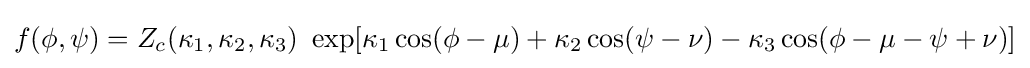
f(\phi ,\psi )=Z_{c}(\kappa _{1},\kappa _{2},\kappa _{3})\ \exp[\kappa _{1}\cos(\phi -\mu )+\kappa _{2}\cos(\psi -\nu )-\kappa _{3}\cos(\phi -\mu -\psi +\nu )]